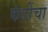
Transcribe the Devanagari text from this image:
कंठींचा